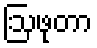
ဩဖုတာ